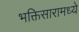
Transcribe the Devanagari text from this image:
भक्तिसारामध्ये